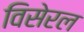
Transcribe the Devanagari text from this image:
विसेरल